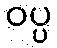
ဝပ္ပ